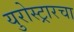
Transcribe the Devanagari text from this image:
युरोस्ट्रारचा